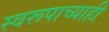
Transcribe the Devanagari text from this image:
स्वरूपाच्याही